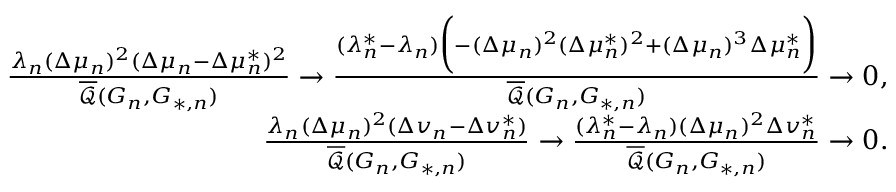
\begin{array} { r l r } & { } & { \frac { \lambda _ { n } ( \Delta \mu _ { n } ) ^ { 2 } ( \Delta \mu _ { n } - \Delta \mu _ { n } ^ { * } ) ^ { 2 } } { \overline { { \mathcal { Q } } } ( G _ { n } , G _ { * , n } ) } \to \frac { ( \lambda _ { n } ^ { * } - \lambda _ { n } ) \biggr ( - ( \Delta \mu _ { n } ) ^ { 2 } ( \Delta \mu _ { n } ^ { * } ) ^ { 2 } + ( \Delta \mu _ { n } ) ^ { 3 } \Delta \mu _ { n } ^ { * } \biggr ) } { \overline { { \mathcal { Q } } } ( G _ { n } , G _ { * , n } ) } \to 0 , } \\ & { } & { \frac { \lambda _ { n } ( \Delta \mu _ { n } ) ^ { 2 } ( \Delta v _ { n } - \Delta v _ { n } ^ { * } ) } { \overline { { \mathcal { Q } } } ( G _ { n } , G _ { * , n } ) } \to \frac { ( \lambda _ { n } ^ { * } - \lambda _ { n } ) ( \Delta \mu _ { n } ) ^ { 2 } \Delta v _ { n } ^ { * } } { \overline { { \mathcal { Q } } } ( G _ { n } , G _ { * , n } ) } \to 0 . } \end{array}